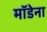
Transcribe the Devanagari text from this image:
मॉडेना